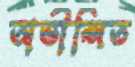
অভীপ্সিত